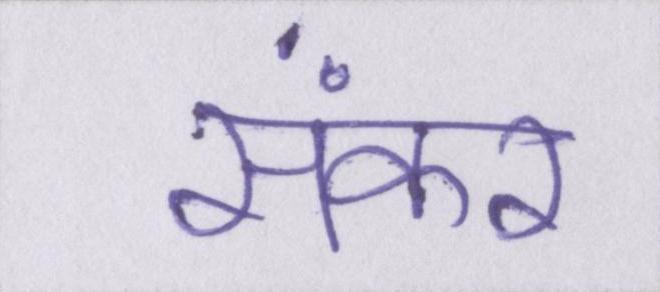
संकर